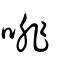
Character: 啡